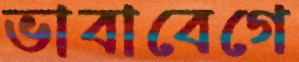
ভাবাবেগে